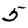
Digit: 5